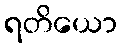
ရတိယော